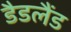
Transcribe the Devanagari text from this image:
डैडलैंड